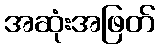
အဆုံးအဖြတ်